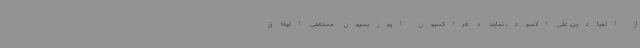
از المیادین، علی الاسود، نماینده فراکسیون اپوزیسیون مستعفی الوفاق